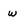
Character: w